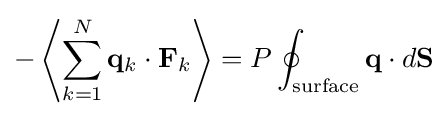
-\left\langle \sum _{k=1}^{N}\mathbf {q} _{k}\cdot \mathbf {F} _{k}\right\rangle =P\oint _{\text{surface}}\mathbf {q} \cdot d\mathbf {S}